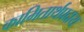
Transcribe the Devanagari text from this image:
कामितार्थप्रदाय